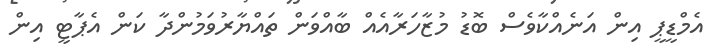
އެމްޑީޕީ އިން އަނެއްކާވެސް ބޮޑު މުޒާހަރާއެއް ބާއްވަން ތައްޔާރުވަމުންދާ ކަން އެޕާޓީ އިން